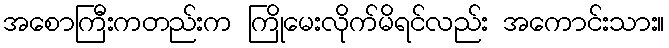
အစောကြီးကတည်းက ကြိုမေးလိုက်မိရင်လည်း အကောင်းသား။